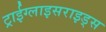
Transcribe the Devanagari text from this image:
ट्राईग्लाइसराइड्स